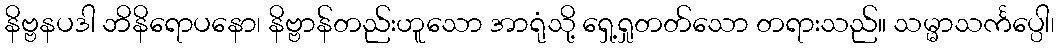
နိဗ္ဗနပဒါ ဘိနိရောပနော၊ နိဗ္ဗာန်တည်းဟူသော အာရုံသို့ ရှေ့ရှုတတ်သော တရားသည်။ သမ္မာသင်္ကပ္ပေါ၊